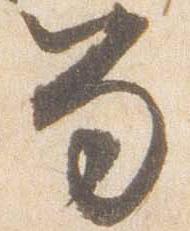
笏